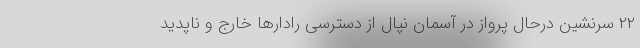
۲۲ سرنشین درحال پرواز در آسمان نپال از دسترسی رادارها خارج و ناپدید